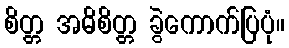
စိတ္တ အဓိစိတ္တ ခွဲကောက်ပြပုံ။